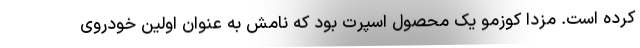
کرده است. مزدا کوزمو یک محصول اسپرت بود که نامش به عنوان اولین خودروی